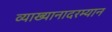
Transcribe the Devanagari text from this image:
व्याख्यानादरम्यान